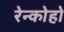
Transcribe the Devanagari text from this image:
रेन्कोहो